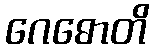
ဂေဓောတိ